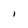
Character: l